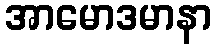
အာမောဒမာနာ